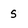
Character: s